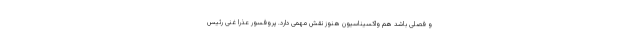
و فصلی باشد هم واکسیناسیون هنوز نقش مهمی دارد. پروفسور عذرا غنی رئیس